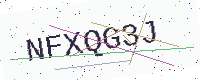
Text: NFXQG3J